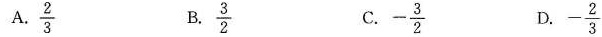
A. \frac{2}{3} B. \frac{3}{2} C. - \frac{3}{2} D.- \frac{2}{3}